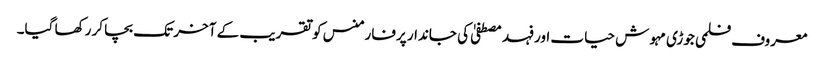
معروف فلمی جوڑی مہوش حیات اور فہد مصطفیٰ کی جاندار پرفارمنس کو تقریب کے آخر تک بچا کر رکھا گیا۔